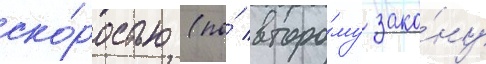
ско́ростью (по́ второ́му зако́ну